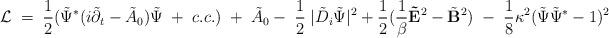
LaTeX: \begin{align*}{\cal L}\;=\;{1\over 2}( \tilde \Psi\sp\ast (i\tilde \partial_t - \tilde A_0)\tilde \Psi \;+\; c.c.)\;+\;\tilde A_0 -\; {1\over 2} \;|\tilde D_i\tilde \Psi|^2 + {1\over 2} ({1\over \beta} {\bf \tilde E}\sp2 - \tilde {\bf B}\sp2 )\;-\; {1\over 8} \kappa\sp2 (\tilde \Psi \tilde \Psi\sp\ast-1)\sp2\end{align*}